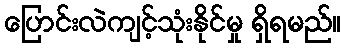
ပြောင်းလဲကျင့်သုံးနိုင်မှု ရှိရမည်။